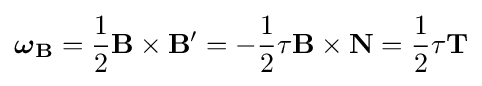
{\boldsymbol {\omega }}_{\mathbf {B} }={1 \over 2}\mathbf {B} \times \mathbf {B'} =-{1 \over 2}\tau \mathbf {B} \times \mathbf {N} ={1 \over 2}\tau \mathbf {T}